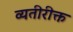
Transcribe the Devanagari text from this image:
व्यतीरीक्त